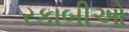
રકાબીઓ